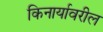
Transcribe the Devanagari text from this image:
किनार्यावरील